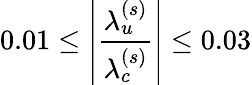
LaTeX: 0.01\leq\left|\frac{\lambda_{u}^{(s)}}{\lambda_{c}^{(s)}}\right|\leq 0.03